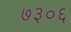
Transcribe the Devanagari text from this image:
७३०६